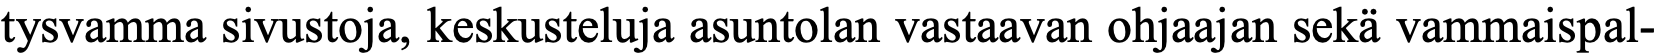
tysvamma sivustoja, keskusteluja asuntolan vastaavan ohjaajan sekä vammaispal-